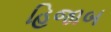
હિજાબ